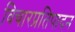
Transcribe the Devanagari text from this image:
विचारप्रतिपादन